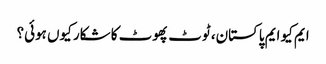
ایم کیو ایم پاکستان، ٹوٹ پھوٹ کا شکار کیوں ہوئی؟